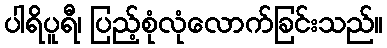
ပါရိပူရီ၊ ပြည့်စုံလုံလောက်ခြင်းသည်။